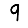
Digit: 9